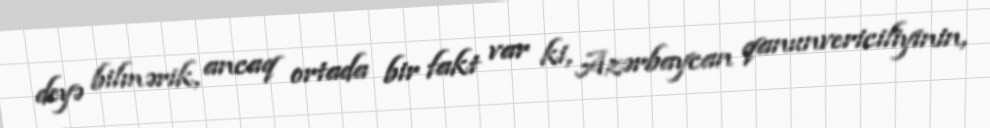
deyə bilmərik, ancaq ortada bir fakt var ki, Azərbaycan qanunvericiliyinin,